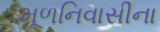
મૂળનિવાસીના